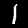
Digit: 1